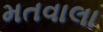
મતવાલા